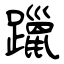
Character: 躐